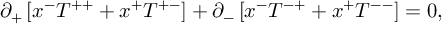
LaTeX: \partial _ { + } \left[ x ^ { - } T ^ { + + } + x ^ { + } T ^ { + - } \right] + \partial _ { - } \left[ x ^ { - } T ^ { - + } + x ^ { + } T ^ { -- } \right] = 0 ,